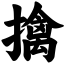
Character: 擒